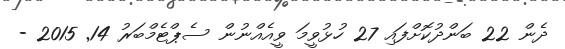
ދެން 22 ބަންދުކޮށްފައި 27 ހުޅުވީމަ ވީއެއްނުން ސެޕްޓެމްބަރު 14